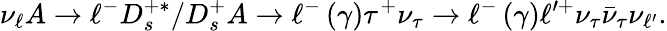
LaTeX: \nu_{\ell}A\rightarrow\ell^{-}D_{s}^{+\ast}/D_{s}^{+}A\rightarrow\ell^{-}\left(\gamma\right)\tau^{+}\nu_{\tau}\rightarrow\ell^{-}\left(\gamma\right)\ell^{\prime+}\nu_{\tau}\bar{\nu}_{\tau}\nu_{\ell^{\prime}}.